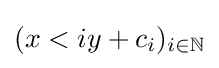
(x<iy+c_{i})_{i\in \mathbb {N} }